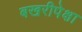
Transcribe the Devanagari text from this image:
बखरीपेक्षा